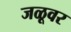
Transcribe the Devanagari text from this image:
जळूवर